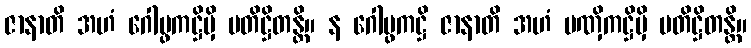
ဇာနာတိ အဟံ ဂေါပ္ဖကဋ္ဌိမှိ ပတိဋ္ဌိတန္တိ။ န ဂေါပ္ဖကဋ္ဌိ ဇာနာတိ အဟံ ပဏှိကဋ္ဌိမှိ ပတိဋ္ဌိတန္တိ။